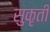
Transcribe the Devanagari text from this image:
सुकृती